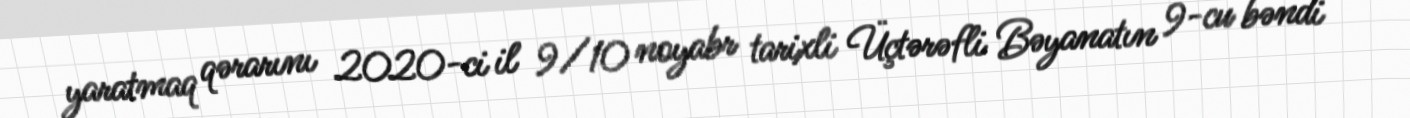
yaratmaq qərarını 2020-ci il 9/10 noyabr tarixli Üçtərəfli Bəyanatın 9-cu bəndi